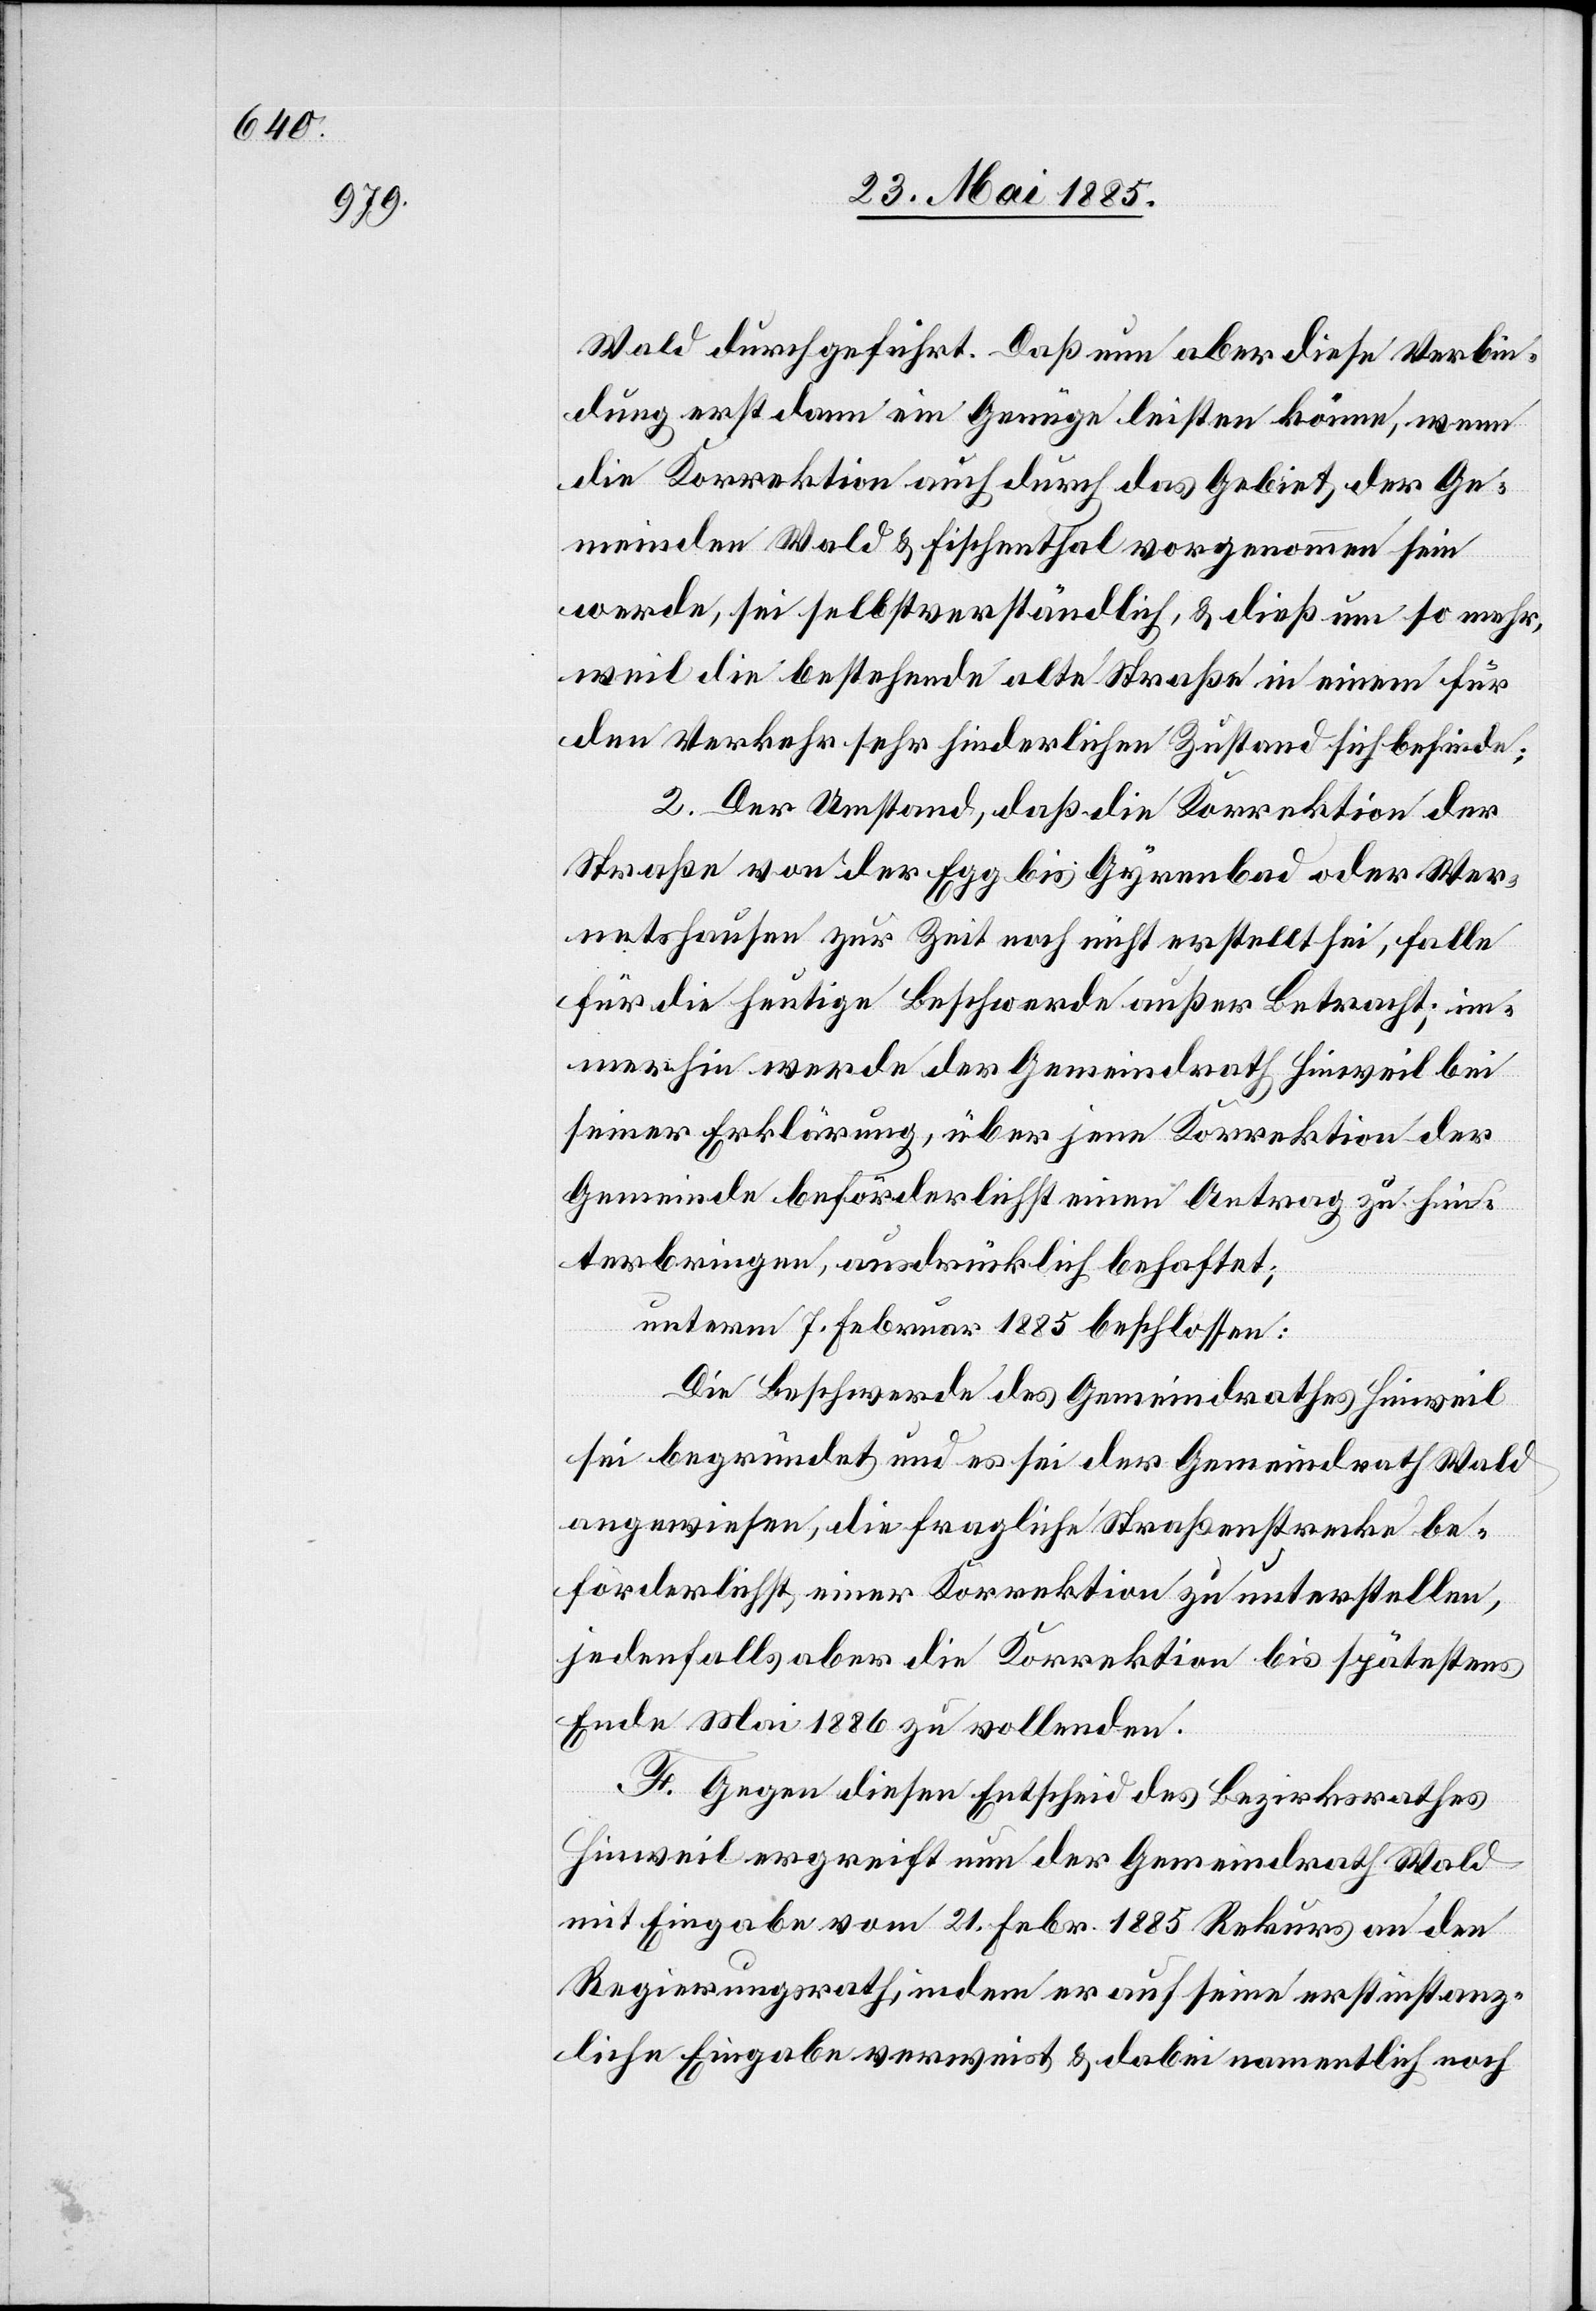
Wald durchgeführt. Daß nun aber diese Verbin¬
dung erst dann ein Genüge leisten könne, wenn
die Korrektion auch durch das Gebiet der Ge¬
meinden Wald & Fischenthal vorgenommen sein
werde, sei selbstverständlich, & dieß um so mehr,
weil die bestehende alte Straße in einem für
den Verkehr sehr hinderlichen Zustand sich befinde;
2. Der Umstand, daß die Korrektion der
Straße von der Egg bis Gyrenbad oder Wer¬
netshausen zur Zeit noch nicht erstellt sei, falle
für die heutige Beschwerde außer Betracht; im¬
merhin werde der Gemeindrath Hinweil bei
seiner Erklärung, über jene Korrektion der
Gemeinde beförderlichst einen Antrag zu hin¬
terbringen, ausdrücklich behaftet;
unterm 7. Februar 1885 beschlossen:
Die Beschwerde des Gemeindrathes Hinweil
sei begründet und es sei der Gemeindrath Wald
angewiesen, die fragliche Straßenstrecke be¬
förderlichst einer Korrektion zu unterstellen,
jedenfalls aber die Korrektion bis spätestens
Ende Mai 1886 zu vollenden.
F. Gegen diesen Entscheid des Bezirksrathes
Hinweil ergreift nun der Gemeindrath Wald
mit Eingabe vom 21. Febr. 1885 Rekurs an den
Regierungsrath, indem er auf seine erstinstanz¬
liche Eingabe verweist & dabei namentlich noch